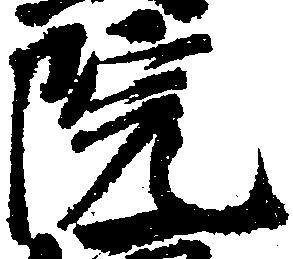
院